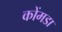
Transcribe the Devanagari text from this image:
कोंमडा